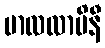
ဗာလလာပိနီ